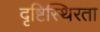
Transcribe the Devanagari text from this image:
दृष्टिस्थिरता